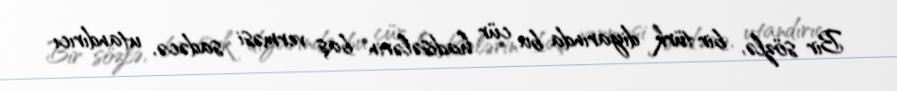
Bir sözlə, bir türk diyarında bu cür hadisələrin baş verməsi sadəcə, utandırıcı